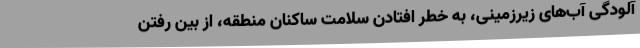
آلودگی آب‌های زیرزمینی، به خطر افتادن سلامت ساکنان منطقه، از بین رفتن